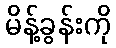
မိန့်ခွန်းကို